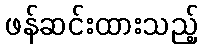
ဖန်ဆင်းထားသည့်